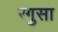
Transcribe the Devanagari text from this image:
रगुसा